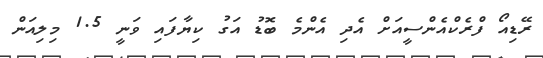
ރޭޑިއޯ ފްރެކްއެންސީއަށް އެދި އެންމެ ބޮޑު އަގު ކިޔާފައި ވަނީ 1.5 މިލިއަން